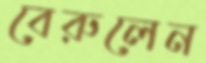
বেরুলেন